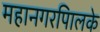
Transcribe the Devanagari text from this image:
महानगरपािलके